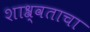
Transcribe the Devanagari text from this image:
शाश्र्वताचा